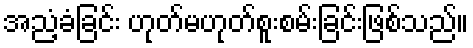
အညံ့ခံခြင်း ဟုတ်မဟုတ်စူးစမ်းခြင်းဖြစ်သည်။